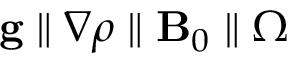
\mathbf { g } \parallel \nabla \rho \parallel \mathbf { B } _ { 0 } \parallel \boldsymbol { \Omega }